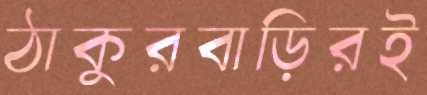
ঠাকুরবাড়িরই